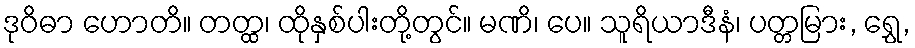
ဒုဝိဓာ ဟောတိ။ တတ္ထ၊ ထိုနှစ်ပါးတို့တွင်။ မဏိ၊ ပေ။ သူရိယာဒီနံ၊ ပတ္တမြား, ရွှေ,